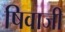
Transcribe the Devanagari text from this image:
षिवाजी